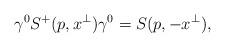
LaTeX: \begin{align*}\gamma^0 S^+(p,x^\perp)\gamma^0=S(p,-x^\perp),\end{align*}